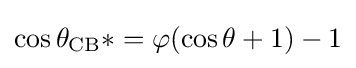
\cos \theta _{\text{CB}}*=\varphi (\cos \theta +1)-1